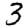
Digit: 3